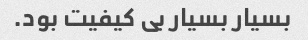
بسیار بسیار بی کیفیت بود.